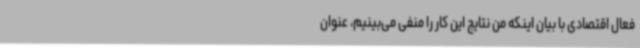
فعال اقتصادی با بیان اینکه من نتایج این کار را منفی می‌بینیم، عنوان